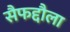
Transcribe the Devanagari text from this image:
सैफद्दौला